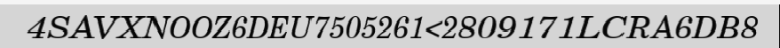
4SAVXNOOZ6DEU7505261<2809171LCRA6DB8